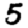
Digit: 5